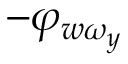
- \varphi _ { w \omega _ { y } }